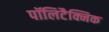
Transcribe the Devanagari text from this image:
पॉलिटैक्निक